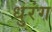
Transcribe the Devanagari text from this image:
धुरंग